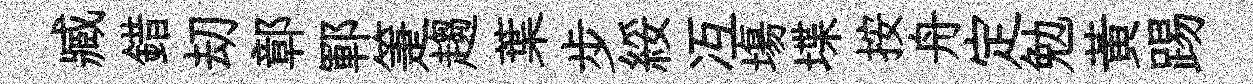
臧錯刧鄣鄆箑趨葉步綏冱塲堞按舟定勉黄踢